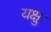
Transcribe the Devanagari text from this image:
यक्षु